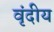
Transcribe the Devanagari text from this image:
वृंदीय